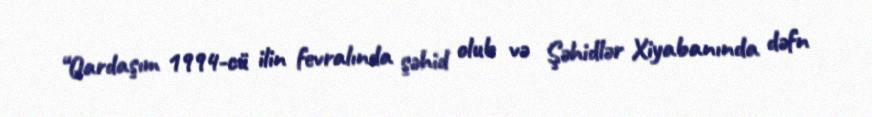
“Qardaşım 1994-cü ilin fevralında şəhid olub və Şəhidlər Xiyabanında dəfn